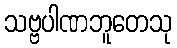
သဗ္ဗပါဏဘူတေသု